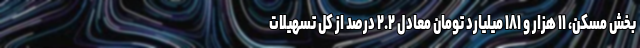
بخش مسکن، ۱۱ هزار و ۱۸۱ میلیارد تومان معادل ۲.۲ درصد از کل تسهیلات